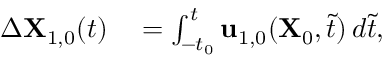
\begin{array} { r l } { \Delta \mathbf { X } _ { 1 , 0 } ( t ) } & { { } = \int _ { - t _ { 0 } } ^ { t } \mathbf { u } _ { 1 , 0 } ( \mathbf { X } _ { 0 } , \tilde { t } ) \, d \tilde { t } , } \end{array}